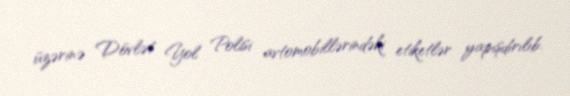
üzərinə Dövlət Yol Polisi avtomobillərindəki etiketlər yapışdırılıb.